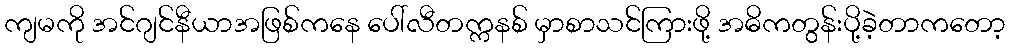
ကျမကို အင်ဂျင်နီယာအဖြစ်ကနေ ပေါ်လီတက္ကနစ် မှာစာသင်ကြားဖို့ အဓိကတွန်းပို့ခဲ့တာကတော့